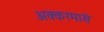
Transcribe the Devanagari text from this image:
अक्करमासे